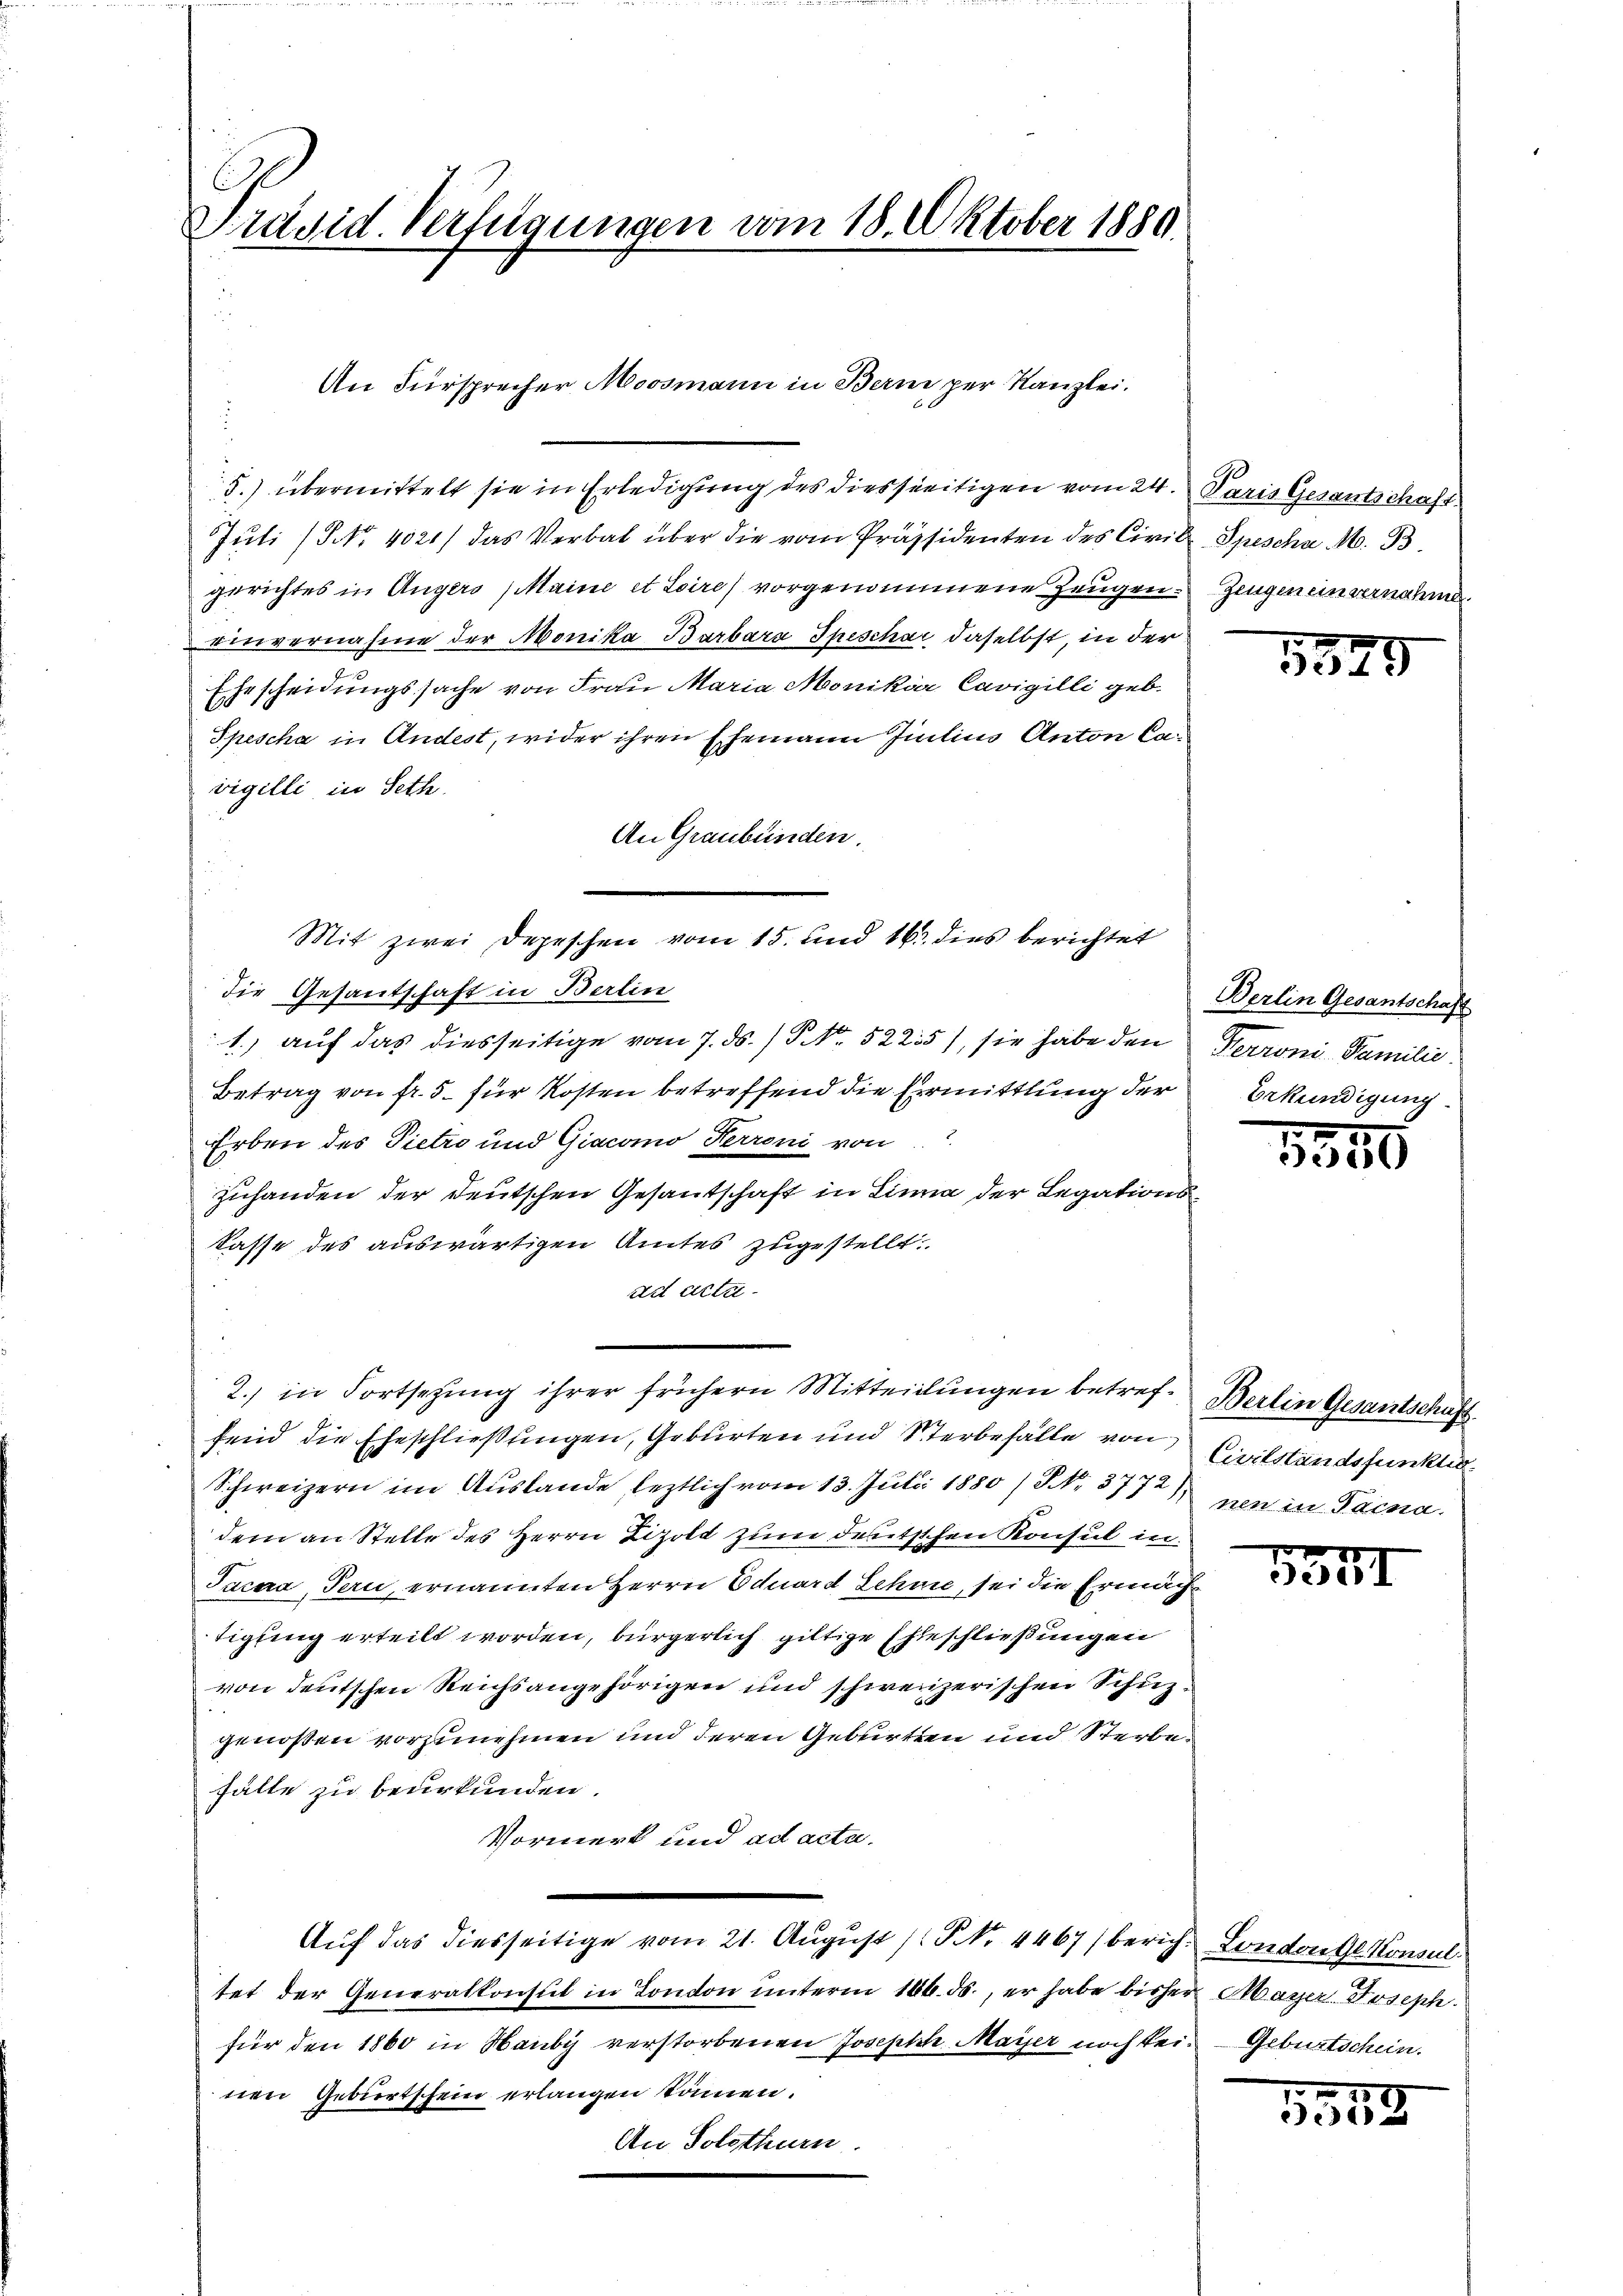
Präsid. Verfügungen vom 18. Oktober 1889

An Fürsprecher Moosmann in Bern per Kanzlei.

5.) übermittelt sie in Erledigung des diesseitigen vom 24. Paris Gesantschaft
Juli (§ NNo. 4021/ das Verbal über die vom Präsidenten des Civil Spescha M. B.
gerichtes in Augers (Maine et Loires vorgenommene Zeugen Zeugen ein seinand
einvernahme der Monika Barbara Speschar daselbst, in der
Ehescheidungssache von Frau Maria Monikia Cavigilli geb.
Spescha in Andest, wider ihren Ehemann Juntius Anton Cavigilli in Seth.
An Graubünden.
Mit zwei Depeschen vom 15. und 16. dies berichtet
die Gesandschaft in Berlin
1) auf das diesseitige vom 7. ds. /PNNo. 52235), sie habe den
Betrag von fr. 5. für Kosten betreffend die Ermittlung der
Erben des Pietro und Giacomo Herroni von
Zuhanden der Deutschen Gesantschaft in Linne der Legations
kasse des auswärtigen Amtes zugestellt.
ad actu
2.) in Fortsetzung ihrer frühern Mitteilungen betreffend die Eheschließungen, Geburten und Sterbefalle von
Schweizern im Auslande leztlich vom 13. Juli 1880) S. 3772)
dem an Stelle des Herrn Lizold zum deutschen Konsul in
Jacaa, Tern, ernannten Herrn Eduard Schue, sei die Ermäch
tigling erteilt worden, bürgerlich giltige Eheschließungen
von deutschen Reichsangehörigen und schweizerischen Schuzgenoßen vorzunehmen und deren Geburten und Sterbehälle zu beurkunden.
Vormerk und ad acta.
Auf das diesseitige vom 21. August (Art. 1467 bericht Landen Gesammen
tet der Generalkonsul in Conton unterm 16. ds., er habe bisher Mayer Joseph.
für den 1860 in Hauby verstorbenen Joseph Mayer noch bei Geburtschein.
nen Geburtschein erlangen können.
An Solothurn.

.

1349

Berlin Gesantschaft
Terroni Familie
Bekundigung.

1340

Berlin Gesantschaft.
Civilstandsfunkten.
nen in Panna.

5371

1558